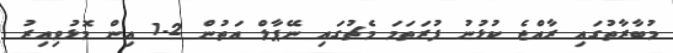
މުބާރާތުގައި ރާއްޖެ ކުޅުނު ފުރަތަމަ މެޗުގައި ނޭޕާލް އަތުން 2-1 އިން މޮޅުވިއިރު